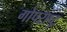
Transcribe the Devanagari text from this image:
गोपराष्ट्र